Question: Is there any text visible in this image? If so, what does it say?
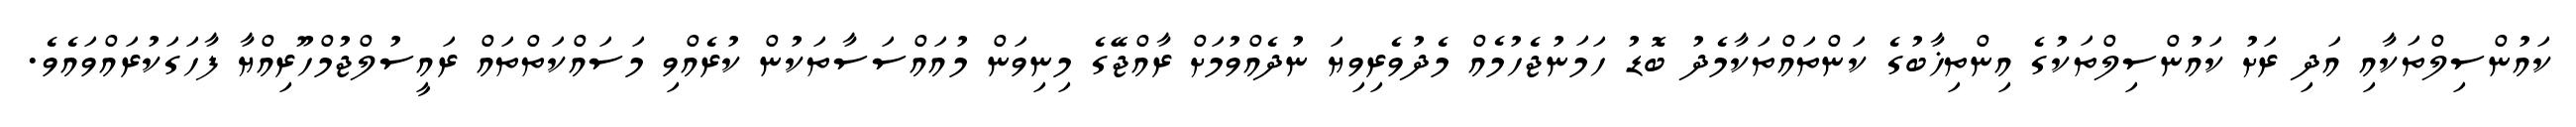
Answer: ކައުންސިލްތަކާއި އަދި ރަށު ކައުންސިލްތަކުގެ އިންތިޚާބުގެ ކަންތައްތަކާމެދު ބޮޑު ހަމަނުޖެހުމެއް މެދުވެރިވިޔަ ނުދެއްވުމަށް ރާއްޖޭގެ މިނިވަން މުއައްސަސާތަކުން ކުރެއްވި މަސައްކަތްތައް ރައީސުލްޖުމްހޫރިއްޔާ ފާހަގަކުރައްވައެވެ.